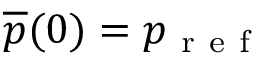
\overline { { p } } ( 0 ) = p _ { \mathrm { ~ r ~ e ~ f ~ } }